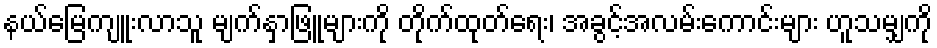
နယ်မြေကျူးလာသူ မျက်နှာဖြူများကို တိုက်ထုတ်ရေး၊ အခွင့်အလမ်းကောင်းများ ဟူသမျှကို